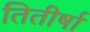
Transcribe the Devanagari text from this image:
तितीर्षा